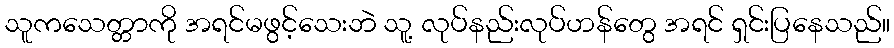
သူကသေတ္တာကို အရင်မဖွင့်သေးဘဲ သူ့ လုပ်နည်းလုပ်ဟန်တွေ အရင် ရှင်းပြနေသည်။